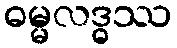
ဓမ္မလဒ္ဓဿ